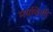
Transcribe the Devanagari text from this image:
मर्यादेशी